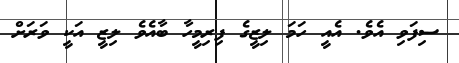
ސިފަވި އެވެ. އެއީ ހަމަ ލިޒީގެ ފިރިމީހާ ބާއެވެ ލިޒީ އަކީ ވަރަށް